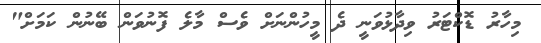
މިހާރު ޑޮކްޓަރު ވިދާޅުވަނީ ދެ މީހުންނަށް ވެސް މާލެ ފޮނުވަން ބޭނުން ކަމަށް"